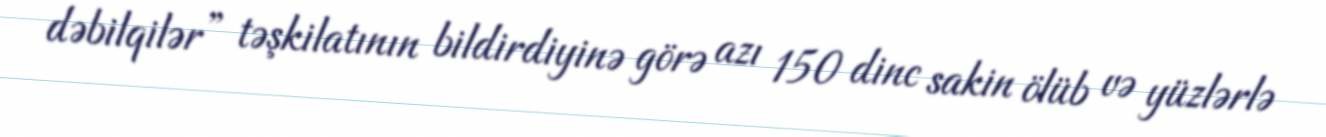
dəbilqilər” təşkilatının bildirdiyinə görə azı 150 dinc sakin ölüb və yüzlərlə